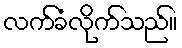
လက်ခံလိုက်သည်။